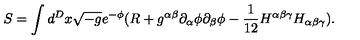
S = \int d ^ { D } x \sqrt { - g } e ^ { - \phi } ( R + g ^ { \alpha \beta } \partial _ { \alpha } \phi \partial _ { \beta } \phi - \frac 1 { 1 2 } H ^ { \alpha \beta \gamma } H _ { \alpha \beta \gamma } ) .